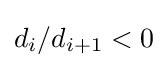
d_{i}/d_{i+1}<0